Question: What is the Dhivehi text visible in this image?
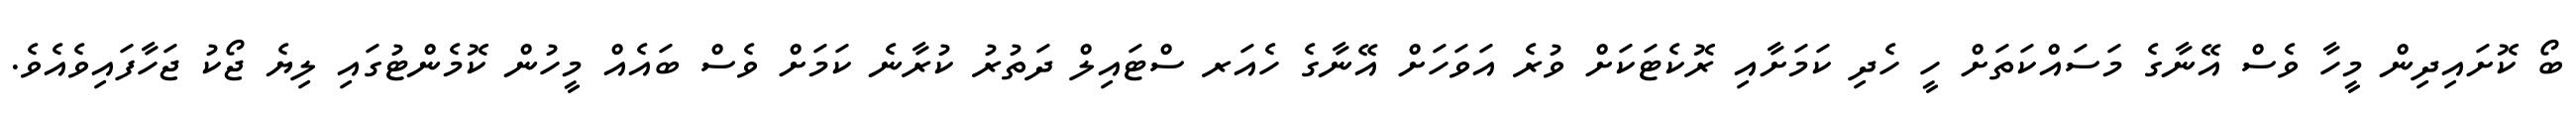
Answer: ބޯ ކޮށައިދިން މީހާ ވެސް އޭނާގެ މަސައްކަތަށް ހީ ހެދި ކަމަށާއި ރޮކެޓަކަށް ވުރެ އަވަހަށް އޭނާގެ ހެއަރ ސްޓައިލް ދަތުރު ކުރާނެ ކަމަށް ވެސް ބައެއް މީހުން ކޮމެންޓުގައި ލިޔެ ޖޯކު ޖަހާފައިވެއެވެ.